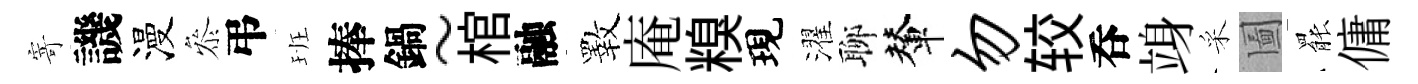
寄譏漫叅弔班捧鍋~棺融斁庵糗現濯聊輦勿较呑竧采圗罷傭